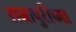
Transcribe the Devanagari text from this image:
राजापुरीच्या